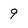
Character: 9